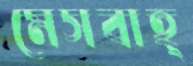
মেসবাহ্